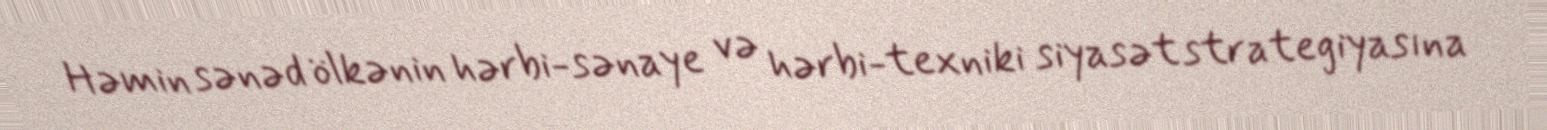
Həmin sənəd ölkənin hərbi-sənaye və hərbi-texniki siyasət strategiyasına